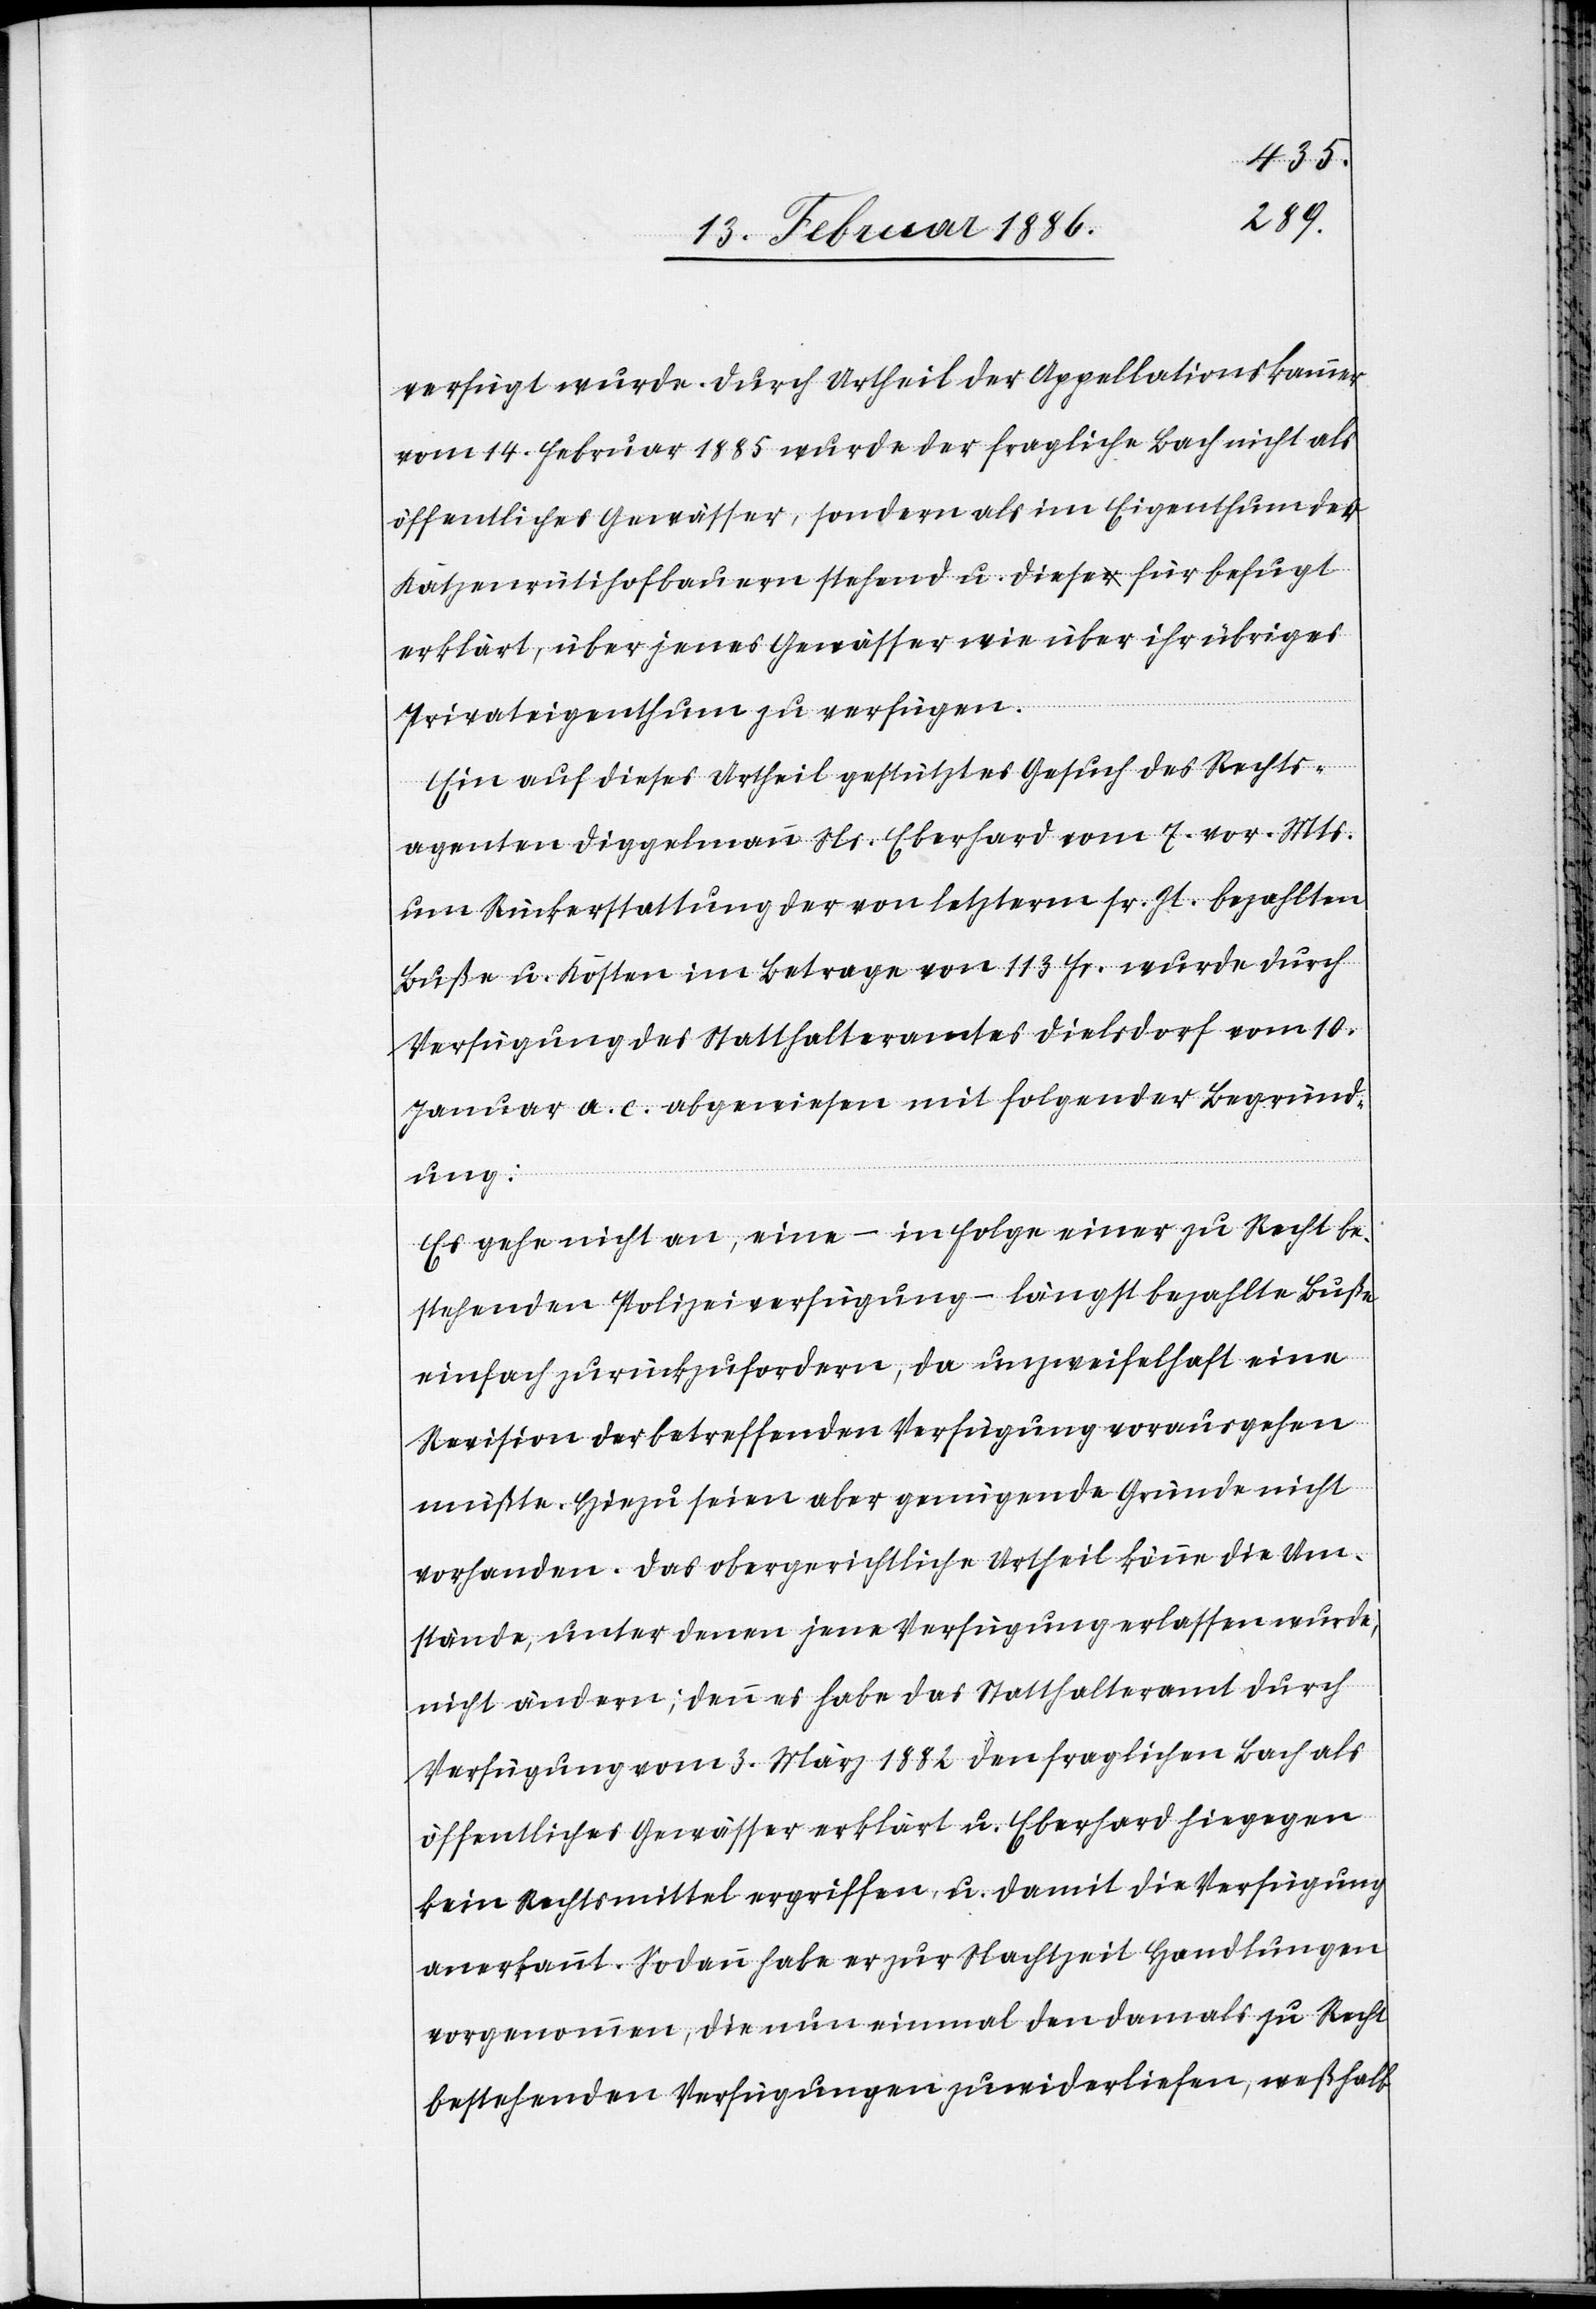
verfügt wurde. Durch Urtheil der Appellationskammer
vom 14. Februar 1885 wurde der fragliche Bach nicht als
öffentliches Gewässer, sondern als im Eigenthum der
Katzenrütihofbauern stehend u. diese für befugt
erklärt, über jenes Gewässer wie über ihr übriges
Privateigenthum zu verfügen.
Ein auf dieses Urtheil gestütztes Gesuch des Rechts¬
agenten Diggelmann Ns. Eberhard vom 7. vor. Mts.
um Rückerstattung der von letzterm sr. Zt. bezahlten
Buße u. Kosten im Betrage von 113 Fr. wurde durch
Verfügung des Statthalteramtes Dielsdorf vom 10.
Januar a. c. abgewiesen mit folgender Begründ¬
ung:
Es gehe nicht an, eine – in Folge einer zu Recht be¬
stehenden Polizeiverfügung – längst bezahlte Buße
einfach zurückzufordern, da unzweifelhaft eine
Revision der betreffenden Verfügung vorausgehen
mußte. Hiezu seien aber genügende Gründe nicht
vorhanden. Das obergerichtliche Urtheil könne die Um¬
stände, unter denen jene Verfügung erlassen wurde,
nicht ändern; denn es habe das Statthalteramt durch
Verfügung vom 3. März 1882 den fraglichen Bach als
öffentliches Gewässer erklärt u. Eberhard hiegegen
kein Rechtsmittel ergriffen, u. damit die Verfügung
anerkannt. Sodann habe er zur Nachtzeit Handlungen
vorgenommen, die nun einmal den damals zu Recht
bestehenden Verfügungen zuwiderliefen, weßhalb